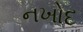
નખોદ